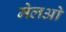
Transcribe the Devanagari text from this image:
मेलओ